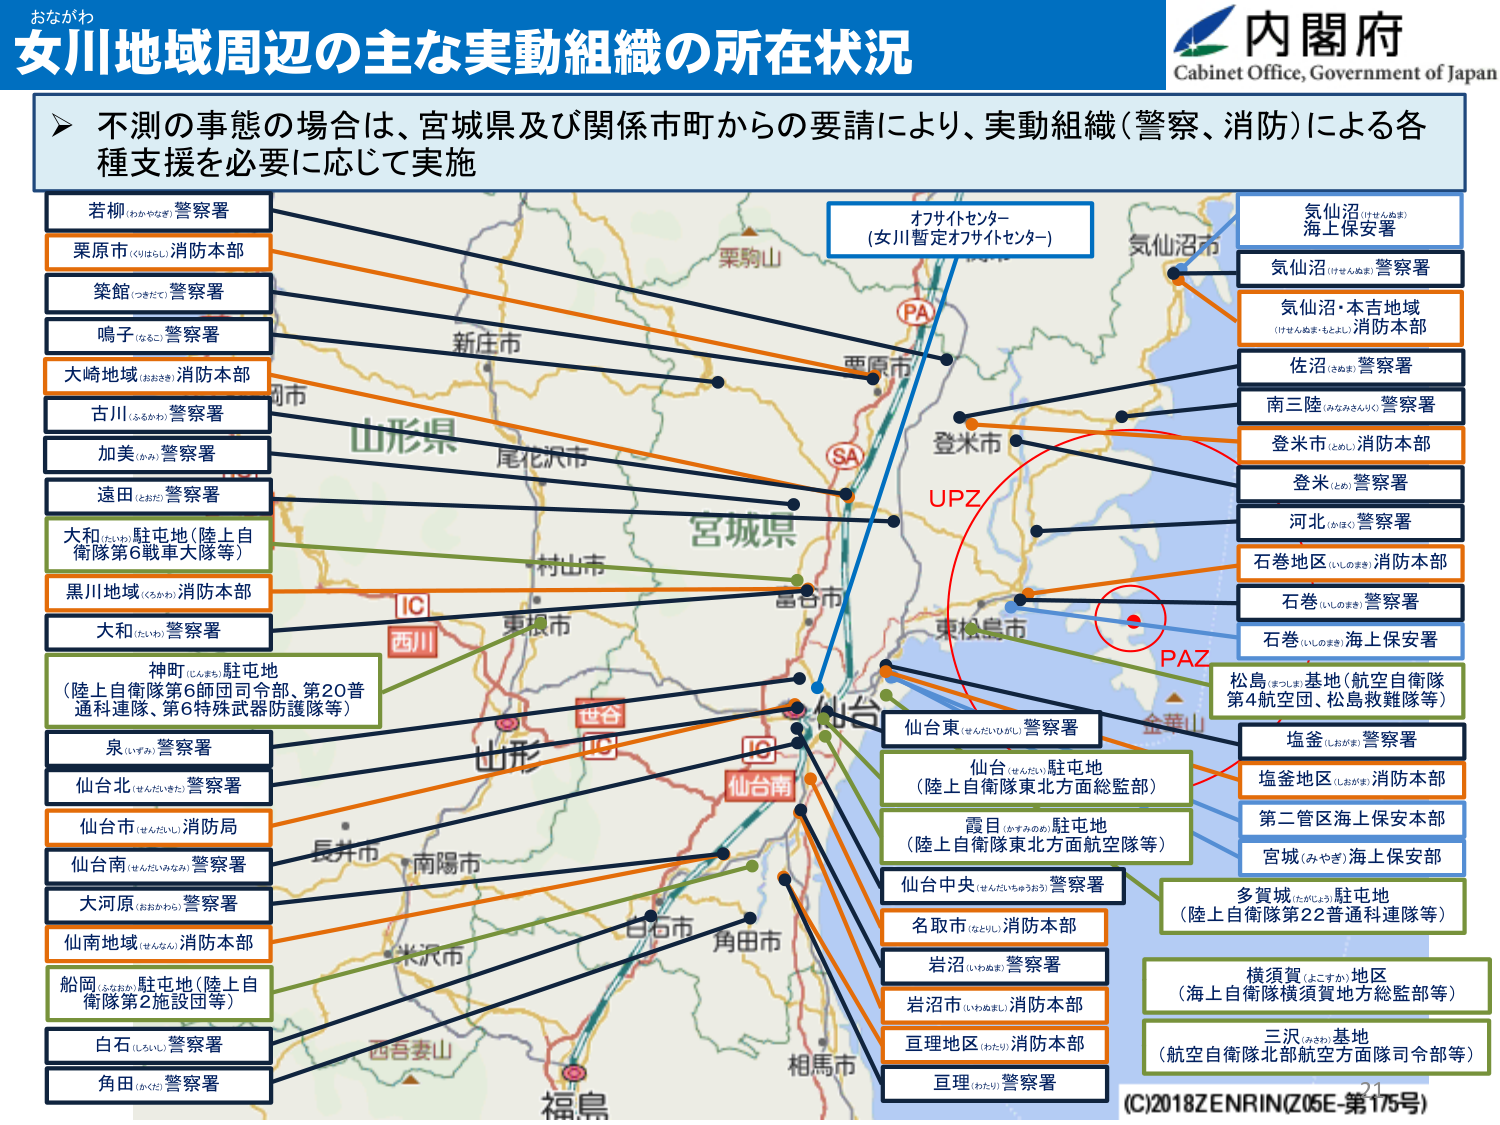
おながわ
女川地域周辺の主な実動組織の所在状況
内閣府
Cabinet Office, Government of Japan

不測の事態の場合は、宮城県及び関係市町からの要請により、実動組織（警察、消防）による各種支援を必要に応じて実施

若柳（わかやなぎ）警察署
栗原市（くりはらし）消防本部
築館（つきだて）警察署
鳴子（なこ）警察署
大崎地域（おおさき）消防本部
古川（ふるかわ）警察署
加美（かみ）警察署
遠田（とおた）警察署
大和（たいわ）駐屯地（陸上自衛隊第6師団大隊等）
黒川地域（くろかわ）消防本部
大和（たいわ）警察署
神町（こうまち）駐屯地（陸上自衛隊第6師団司令部、第20普通科連隊、第6特殊武器防護隊等）
泉（いずみ）警察署
仙台北（せんだいきた）警察署
仙台市（せんだいし）消防局
仙台南（せんだいみなみ）警察署
大河原（おおおわら）警察署
仙南地域（せんなん）消防本部
船岡（ふなおか）駐屯地（陸上自衛隊第2施設団等）
白石（しらいし）警察署
角田（かくた）警察署

オフサイトセンター（女川暫定オフサイトセンター）
PA
SA
UPZ
PAZ
仙台東（せんだいひがし）警察署
仙台（せんだい）駐屯地（陸上自衛隊東北方面総監部）
霞目（かすみのめ）駐屯地（陸上自衛隊東北方面航空隊等）
仙台中央（せんだいちゅうおう）警察署
名取市（なとり）消防本部
岩沼（いわぬま）警察署
岩沼市（いわぬま）消防本部
亘理地区（わたり）消防本部
亘理（わたり）警察署

気仙沼（けせんぬま）海上保安署
気仙沼（けせんぬま）警察署
気仙沼・本吉地域（けせんぬま・もとよし）消防本部
佐沼（さぬま）警察署
南三陸（みなみさんりく）警察署
登米市（とめし）消防本部
登米（とめ）警察署
河北（かほく）警察署
石巻地区（いしのまき）消防本部
石巻（いしのまき）警察署
石巻（いしのまき）海上保安署
松島（まつしま）基地（航空自衛隊第4航空団、松島救難隊等）
塩釜（しおがま）警察署
塩釜地区（しおがま）消防本部
第二管区海上保安本部
宮城（みやぎ）海上保安部
多賀城（たがじょう）駐屯地（陸上自衛隊第22普通科連隊等）
横須賀（よこすか）地区（海上自衛隊横須賀地方総監部等）
三沢（みさわ）基地（航空自衛隊北部航空方面隊司令部等）

(C)2018 ZENRIN (Z05E-第175号)

栗駒山
新庄市
西原市
登米市
尾花沢市
村山市
東根市
宮城県
西川
世谷
仙台
仙台南
長井市
南陽市
白石市
角田市
米沢市
西吾妻山
相馬市
福島
金華山